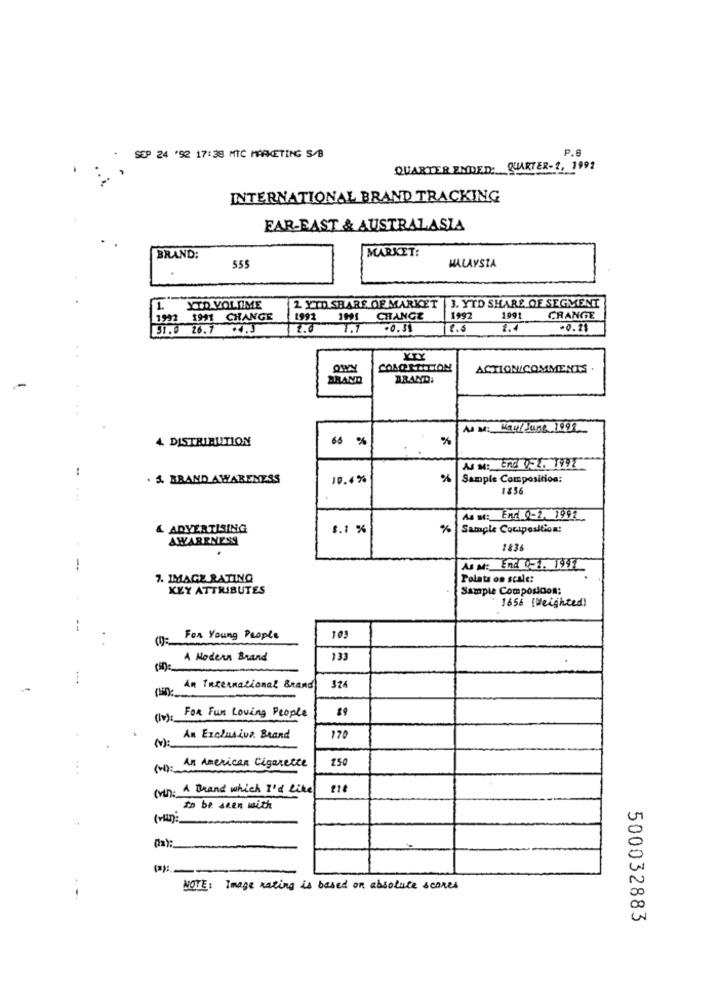
P.6
SEP 24 '92 17:38 MIC MARKETING S/B
QUARTER ENDED: QUARTER-1, 1992
INTERNATIONAL BRAND TRACKING
EAR-EAST & AUSTRALASIA
MARKET:
BRAND:
MALAYSIA
555
2 YTD SHARE OF MARKET |3. YTD SHARE OF SEGMENT
1
XID VOLIME
1992
1941 CHANGE
1992 1991 CHANGE
1992
199t CHANGE
91.0 26.7 +4.3
2.0
1.7 .0.59
2.6
1.4
+0.21
YTY
COMOETITION
ACTION/COMMENTS
BRAND
BRAND:
4. DISTRIBUTION
65
%
%
..
As M: End 052. 1997
. & BRAND AWARENESS
10.4%
%
Sample Composition:
185
As st: End 0-2, 1992
& ADVERTISING
5.1 %
% Sample Cociposition:
AWARENESS
1836
-
AS M: End OF1. 1997
7. IMAGE RATING
Polats on scale:
KEY ATTRIBUTES
Sample Composicon:
" 1656 {weighted)
For Young People
103
A Modern Brand
133
An International Brand
For Fun Loving People
An Exclusive Brand
170
An American Cigarette
150
.. .
(in: A Brand which I'd like
to be seen with
(vi):
(a) :_
NOTE: Image rating is based on absolute scores
500032883